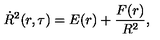
\dot { R } ^ { 2 } ( r , \tau ) = E ( r ) + \frac { F ( r ) } { R ^ { 2 } } ,